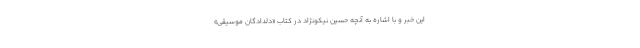
این خبر و با اشاره به آنچه حسین نیکونژاد در کتاب «دلدادگان موسیقی»